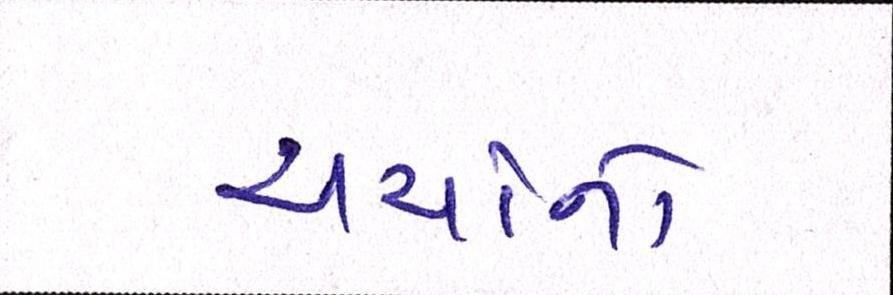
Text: ચર્ચાનો